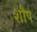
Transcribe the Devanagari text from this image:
शौप